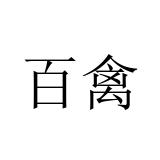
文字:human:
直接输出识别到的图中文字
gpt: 百禽